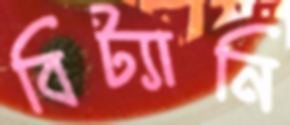
বিট্যানি